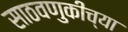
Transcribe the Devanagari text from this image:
साठवणुकीच्या